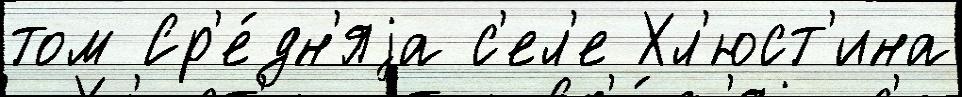
том Ср'е́дн'яjа с'ел'е Хл'юст'ина